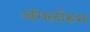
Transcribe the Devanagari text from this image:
अंगलोरुम